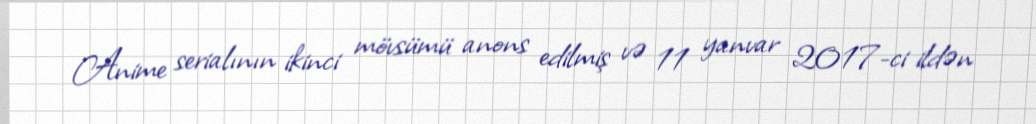
Anime serialının ikinci mövsümü anons edilmiş və 11 yanvar 2017-ci ildən